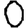
Digit: 0